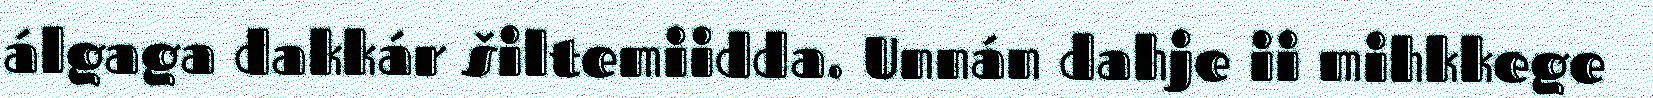
álgaga dakkár šiltemiidda. Unnán dahje ii mihkkege